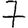
Digit: 7